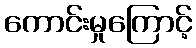
ကောင်းမှုကြောင့်